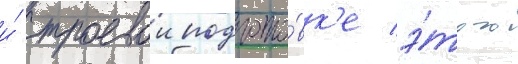
и́ строевои подгото́вк'е э́того